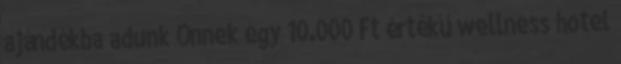
ajándékba adunk Önnek egy 10.000 Ft értékű wellness hotel